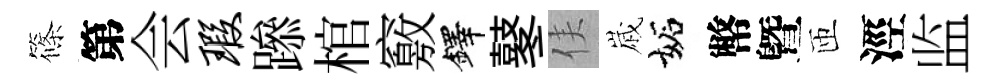
篠第会瑕𨅶棺竅鐸鼕侯𡻕妬幣曁匝涇监